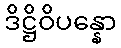
ဒိဋ္ဌိဝိပန္နော